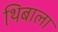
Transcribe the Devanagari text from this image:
थिबाला